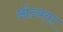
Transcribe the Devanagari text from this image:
ओढवता